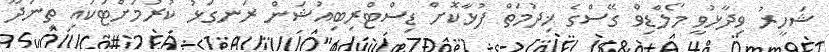
ޝަހީރު ވިދާޅުވީ މޯލްޑިވް ގޭސްގެ ޚިދުމަތް ފުޅާކޮށް ޑިސްޓްރިބިއުޝަން ރަނގަޅު ކުރުމަށްޓަކައި ތިނަދޫ